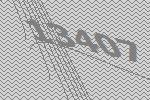
13407